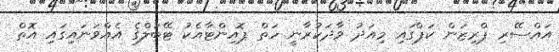
އައްސޭރި ޕްރިޒަން ކަޕްގައި މިއަދު ވާދަކުރާނީ ހަތް ޕޮއިންޓާއެކު ޓޭބަލްގެ އެއްވަނައިގައި އޮތް